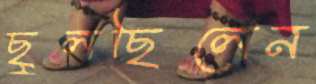
ছুলছিলেন